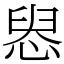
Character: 惥